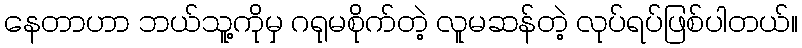
နေတာဟာ ဘယ်သူ့ကိုမှ ဂရုမစိုက်တဲ့ လူမဆန်တဲ့ လုပ်ရပ်ဖြစ်ပါတယ်။